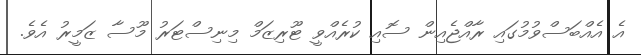
އެ އެއްބަސްވުމުގައި ރާއްޖެއިން ސޮއި ކުރެއްވީ ޓޫރިޒަމް މިނިސްޓަރު މޫސާ ޒަމީރު އެވެ.